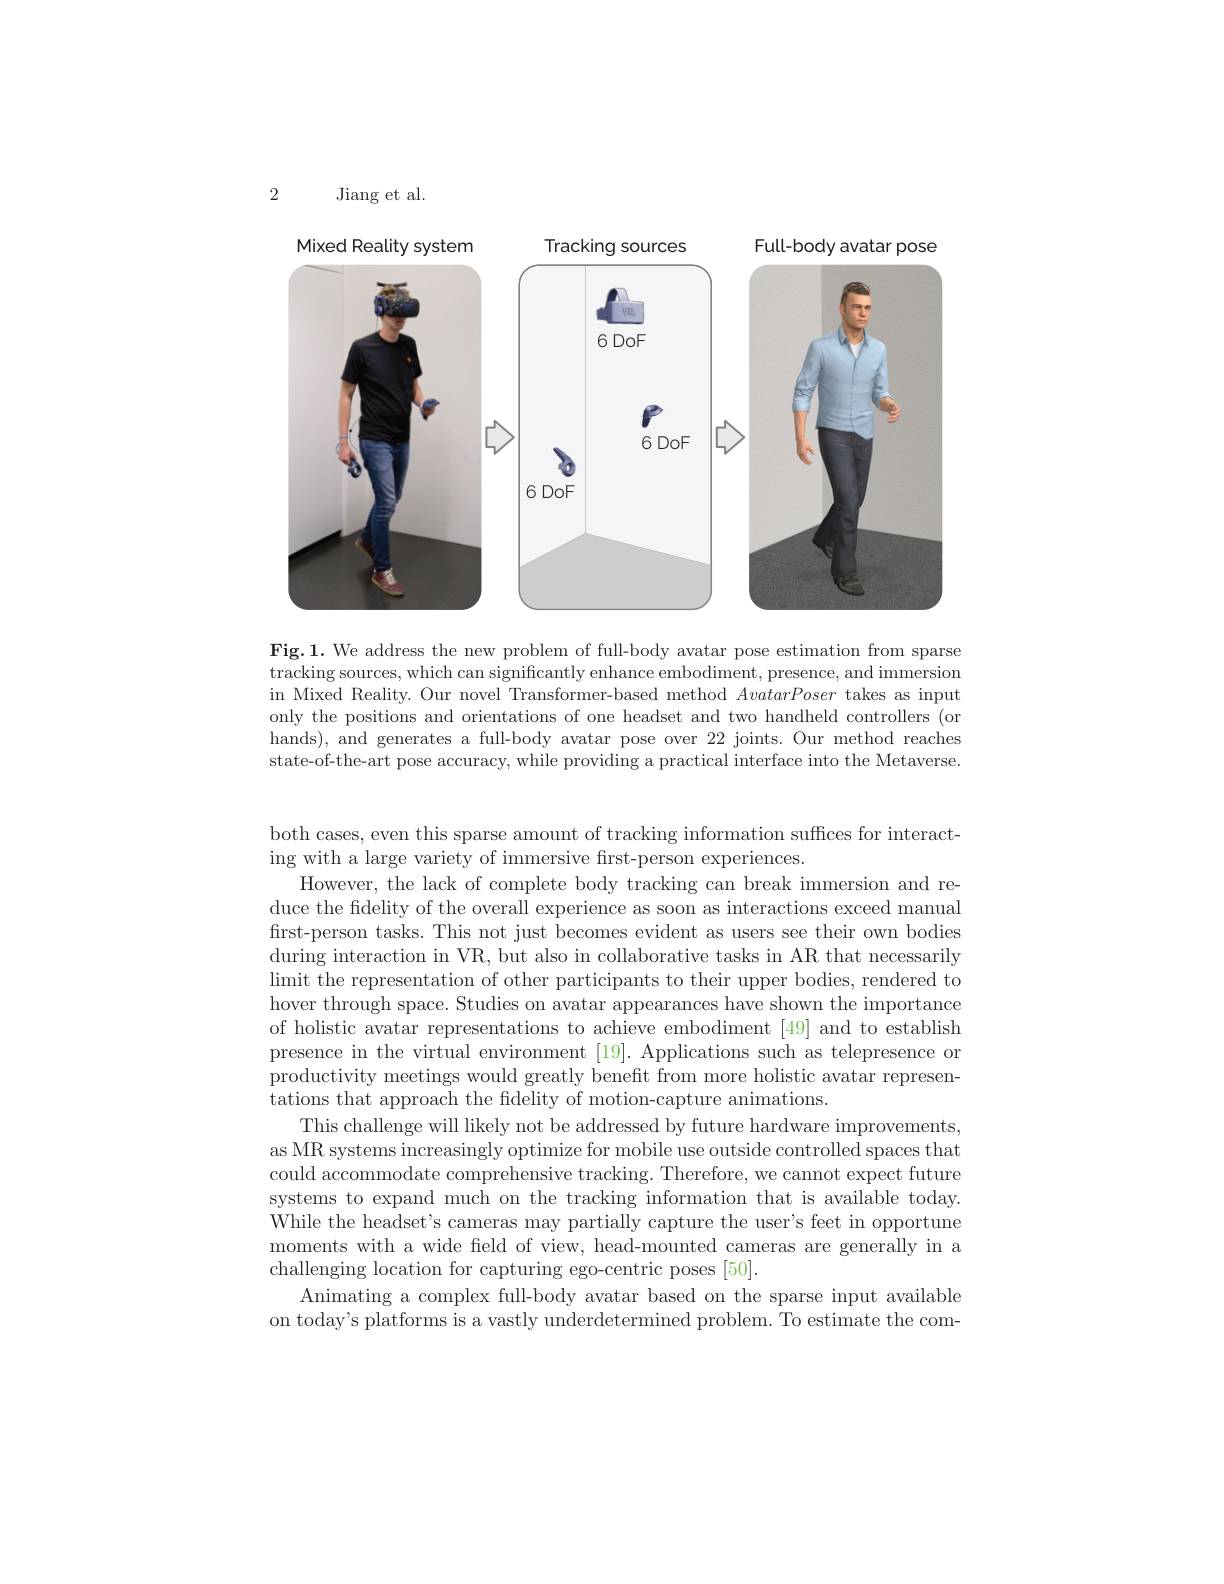
2

Jiang et al.

<FigureHere>

Fig.1. We address the new problem of full-body avatar pose estimation from sparse tracking sources, which can significantly enhance embodiment, presence, and immersion in Mixed Reality. Our novel Transformer-based method AvatarPoser takes as input only the positions and orientations of one headset and two handheld controllers (or hands), and generates a full-body avatar pose over 22 joints. Our method reaches state-of-the-art pose accuracy, while providing a practical interface into the Metaverse.

both cases, even this sparse amount of tracking information suffices for interact-
ing with a large variety of immersive frst-person experiences.
However, the lack of complete body tracking can break immersion and reduce the fidelity of the overall experience as soon as interactions exceed manual first-person tasks. This not just becomes evident as users see their own bodies during interaction in VR, but also in collaborative tasks in AR that necessarily limit the representation of other participants to their upper bodies, rendered to hover through space. Studies on avatar appearances have shown the importance of holistic avatar representations to achieve embodiment [49] and to establish presence in the virtual environment [19]. Applications such as telepresence or productivity meetings would greatly benefit from more holistic avatar representations that approach the fidelity of motion-capture animations.
This challenge will likely not be addressed by future hardware improvements, as MR systems increasingly optimize for mobile use outside controlled spaces that could accommodate comprehensive tracking. Therefore, we cannot expect future systems to expand much on the tracking information that is available today. While the headset's cameras may partially capture the user's feet in opportune moments with a wide field of view, head-mounted cameras are generally in a challenging location for capturing ego-centric poses [50].
Animating a complex full-body avatar based on the sparse input available on today's platforms is a vastly underdetermined problem. To estimate the com-